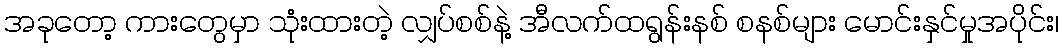
အခုတော့ ကားတွေမှာ သုံးထားတဲ့ လျှပ်စစ်နဲ့ အီလက်ထရွန်းနစ် စနစ်များ မောင်းနှင်မှုအပိုင်း၊